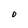
Character: O